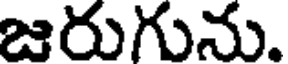
జరుగును.